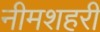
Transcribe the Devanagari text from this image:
नीमशहरी